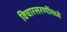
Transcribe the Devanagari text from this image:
विचारसरणींमध्ये